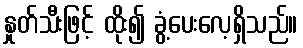
နှုတ်သီးဖြင့် ထိုး၍ ခွံ့ပေးလေ့ရှိသည်။